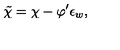
\tilde { \chi } = \chi - \varphi ^ { \prime } \epsilon _ { w } ,